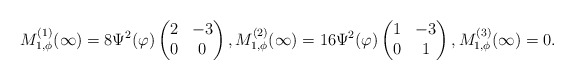
\begin{align*}M^{(1)}_{1,\phi}(\infty)= {8\Psi^2(\varphi)}\begin{pmatrix}2 &-3\cr0 & 0\end{pmatrix},{M^{(2)}_{1,\phi}(\infty)=16\Psi^2(\varphi)\begin{pmatrix}1 &-3\cr0 & 1\end{pmatrix},M^{(3)}_{1,\phi}(\infty)=0.}\end{align*}